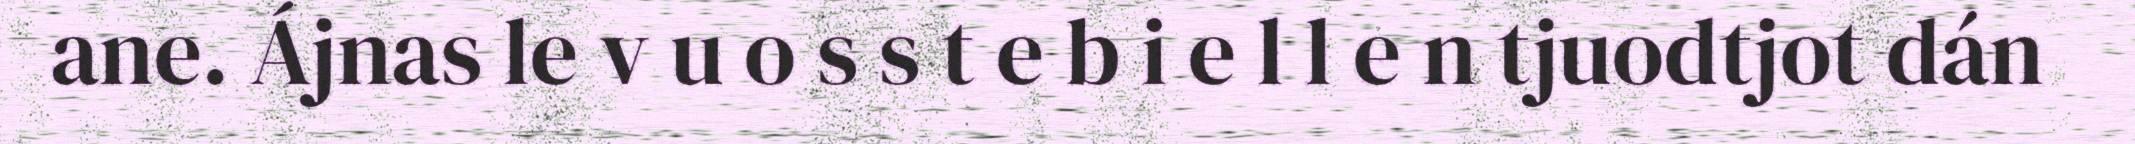
ane. Ájnas le v u o s s t e b i e l l e n tjuodtjot dán